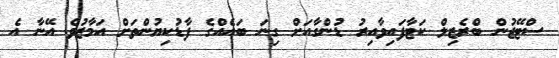
ސްޓޭޖުން ބްރެޒިލް ކަޓާފައިވާއިރު ޑުންގާއަށް ގިނަ ބައެއްގެ ފާޑުކިޔުންތަށް އަމާޒުވެ އޭނާ އެ